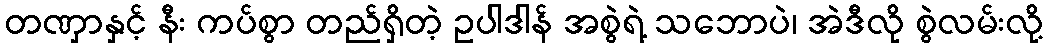
တဏှာနှင့် နီး ကပ်စွာ တည်ရှိတဲ့ ဥပါဒါန် အစွဲရဲ့ သဘောပဲ၊ အဲဒီလို စွဲလမ်းလို့